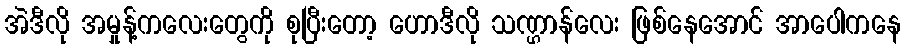
အဲဒီလို အမှုန့်ကလေးတွေကို စုပြီးတော့ ဟောဒီလို သဏ္ဌာန်လေး ဖြစ်နေအောင် အာပေါကနေ